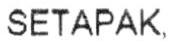
SETAPAK,